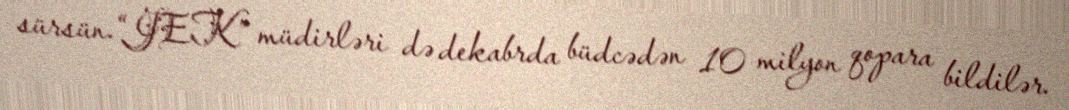
sürsün.“JEK” müdirləri də dekabrda büdcədən 10 milyon qopara bildilər.